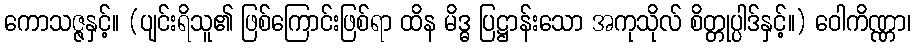
ကောသဇ္ဇနှင့်။ (ပျင်းရိသူ၏ ဖြစ်ကြောင်းဖြစ်ရာ ထိန မိဒ္ဓ ပြဋ္ဌာန်းသော အကုသိုလ် စိတ္တုပ္ပါဒ်နှင့်။) ဝေါကိဏ္ဏာ၊